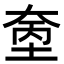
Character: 𪥓